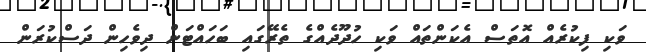
ވަކި ފިކުރެއް އޮތަސް އެކަންތައް ވަކި ހުދޫދެއްގެ ތެރޭގައި ބަހައްޓަން ދިވެހިން ދަސްކުރަން